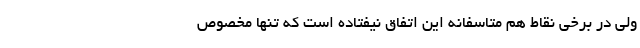
ولی در برخی نقاط هم متاسفانه این اتفاق نیفتاده است که تنها مخصوص